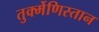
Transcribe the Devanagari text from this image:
तुर्क्मेणिस्तान